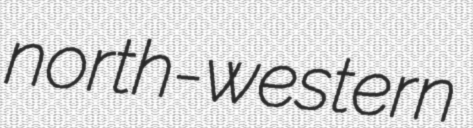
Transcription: north-western